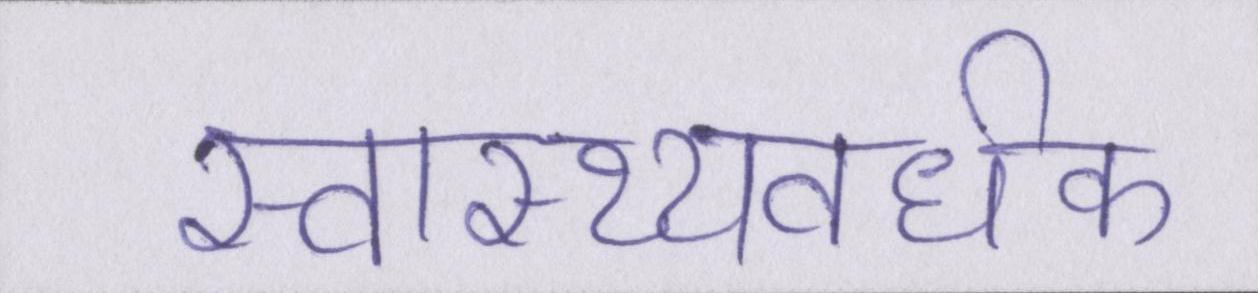
स्वास्थ्यवर्धक